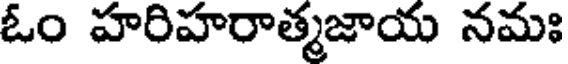
ఓం హరిహరాత్మజాయ నమః